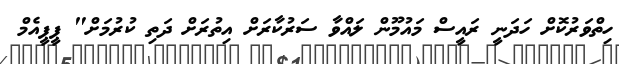
ހިތްވަރުކޮށް ހަދަނީ ރައީސް މައުމޫން ލައްވާ ސަރުކާރަށް އިތުރަށް ދަތި ކުރުމަށް" ޕީޕީއެމް